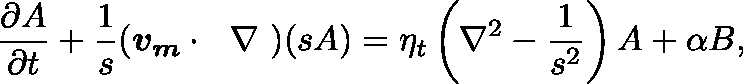
\frac { \partial A } { \partial t } + \frac { 1 } { s } ( \boldsymbol { v _ { m } } \cdot \mathrm { ~ \boldmath ~ \nabla ~ } ) ( s A ) = \eta _ { t } \left( \nabla ^ { 2 } - \frac { 1 } { s ^ { 2 } } \right) A + \alpha B ,